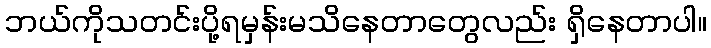
ဘယ်ကိုသတင်းပို့ရမှန်းမသိနေတာတွေလည်း ရှိနေတာပါ။